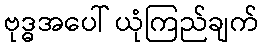
ဗုဒ္ဓအပေါ် ယုံကြည်ချက်